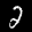
Label: 2